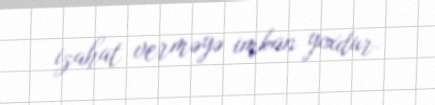
izahat verməyə imkan yoxdur.